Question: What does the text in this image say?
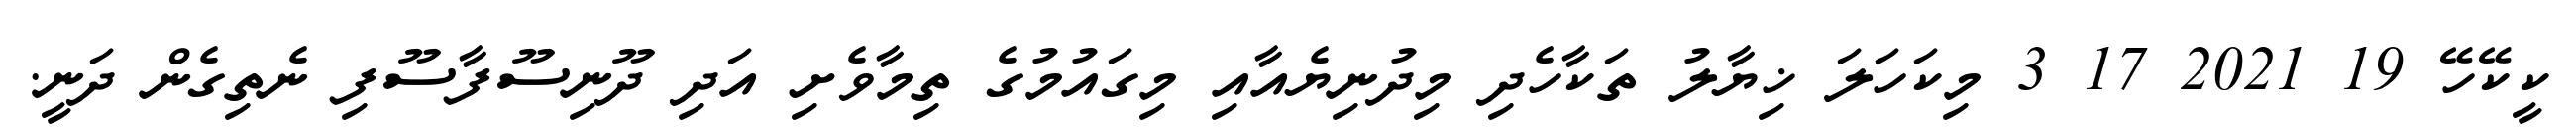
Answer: ކީކޭހޭ 19 2021 17 3 މިކަހަލަ ޚިޔާލު ތަކާހެދި މިދުނިޔެއާއި މިގައުމުގެ ތިމާވެށި އަދި ދޫނިސޫފާސޫފި ނެތިގެން ދަނީ.